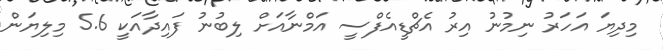
މިދިޔަ އަހަރު ނިމުނު އިރު އެޗްޑީއެފްސީ އަމްނާއަށް ލިބުނު ފައިދާއަކީ 5.6 މިލިޔަން